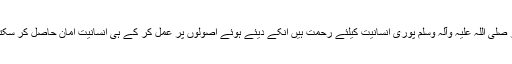
حضور صلی اللہ علیہ وآلہ وسلم پوری انسانیت کیلئے رحمت ہیں انکے دیئے ہوئے اصولوں پر عمل کر کے ہی انسانیت امان حاصل کر سکتی ہے۔